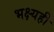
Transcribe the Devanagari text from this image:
भक्ष्यही